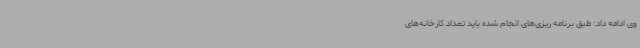
وی ادامه داد: طبق برنامه ریزی‌های انجام شده باید تعداد کارخانه‌های